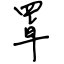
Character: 罩